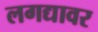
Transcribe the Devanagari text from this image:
लगद्यावर